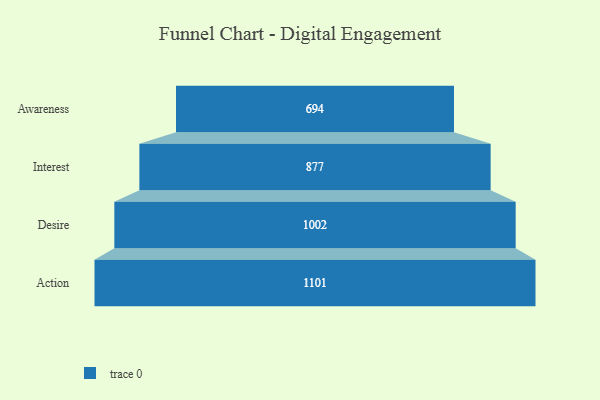
{"axis": {"x": "Stage", "y": "Value"}, "legend": [""], "data": [{"x": "Awareness", "y": 694.0, "type": ""}, {"x": "Interest", "y": 877.0, "type": ""}, {"x": "Desire", "y": 1002.0, "type": ""}, {"x": "Action", "y": 1101.0, "type": ""}]}